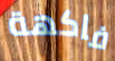
فاكهة